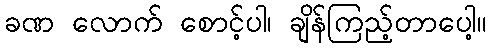
ခဏ လောက် စောင့်ပါ၊ ချိန်ကြည့်တာပေါ့။